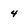
Character: 4